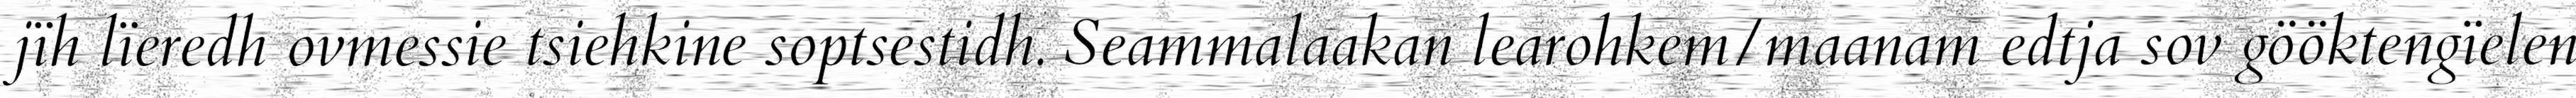
jïh lïeredh ovmessie tsiehkine soptsestidh. Seammalaakan learohkem/maanam edtja sov gööktengïelen